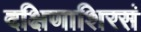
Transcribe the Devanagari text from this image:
दक्षिणाशिरसं